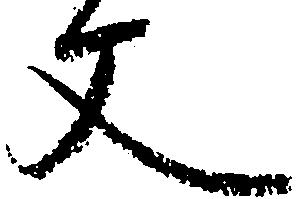
文